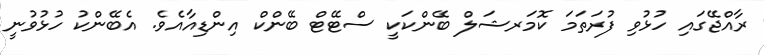
ރާއްޖޭގައި ހުޅުވި ފުރަތަމަ ކޮމަރޝަލް ބޭންކަކީ ސްޓޭޓް ބޭންކް އިންޑިއާއެވެ. އެބޭންކު ހުޅުވުނީ